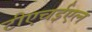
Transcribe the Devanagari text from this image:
टीएचईएल